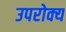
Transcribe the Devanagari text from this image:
उपरोक्य